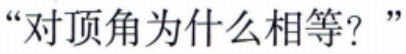
“对顶角为什么相等？”